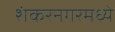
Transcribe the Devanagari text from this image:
शंकरनगरमध्ये